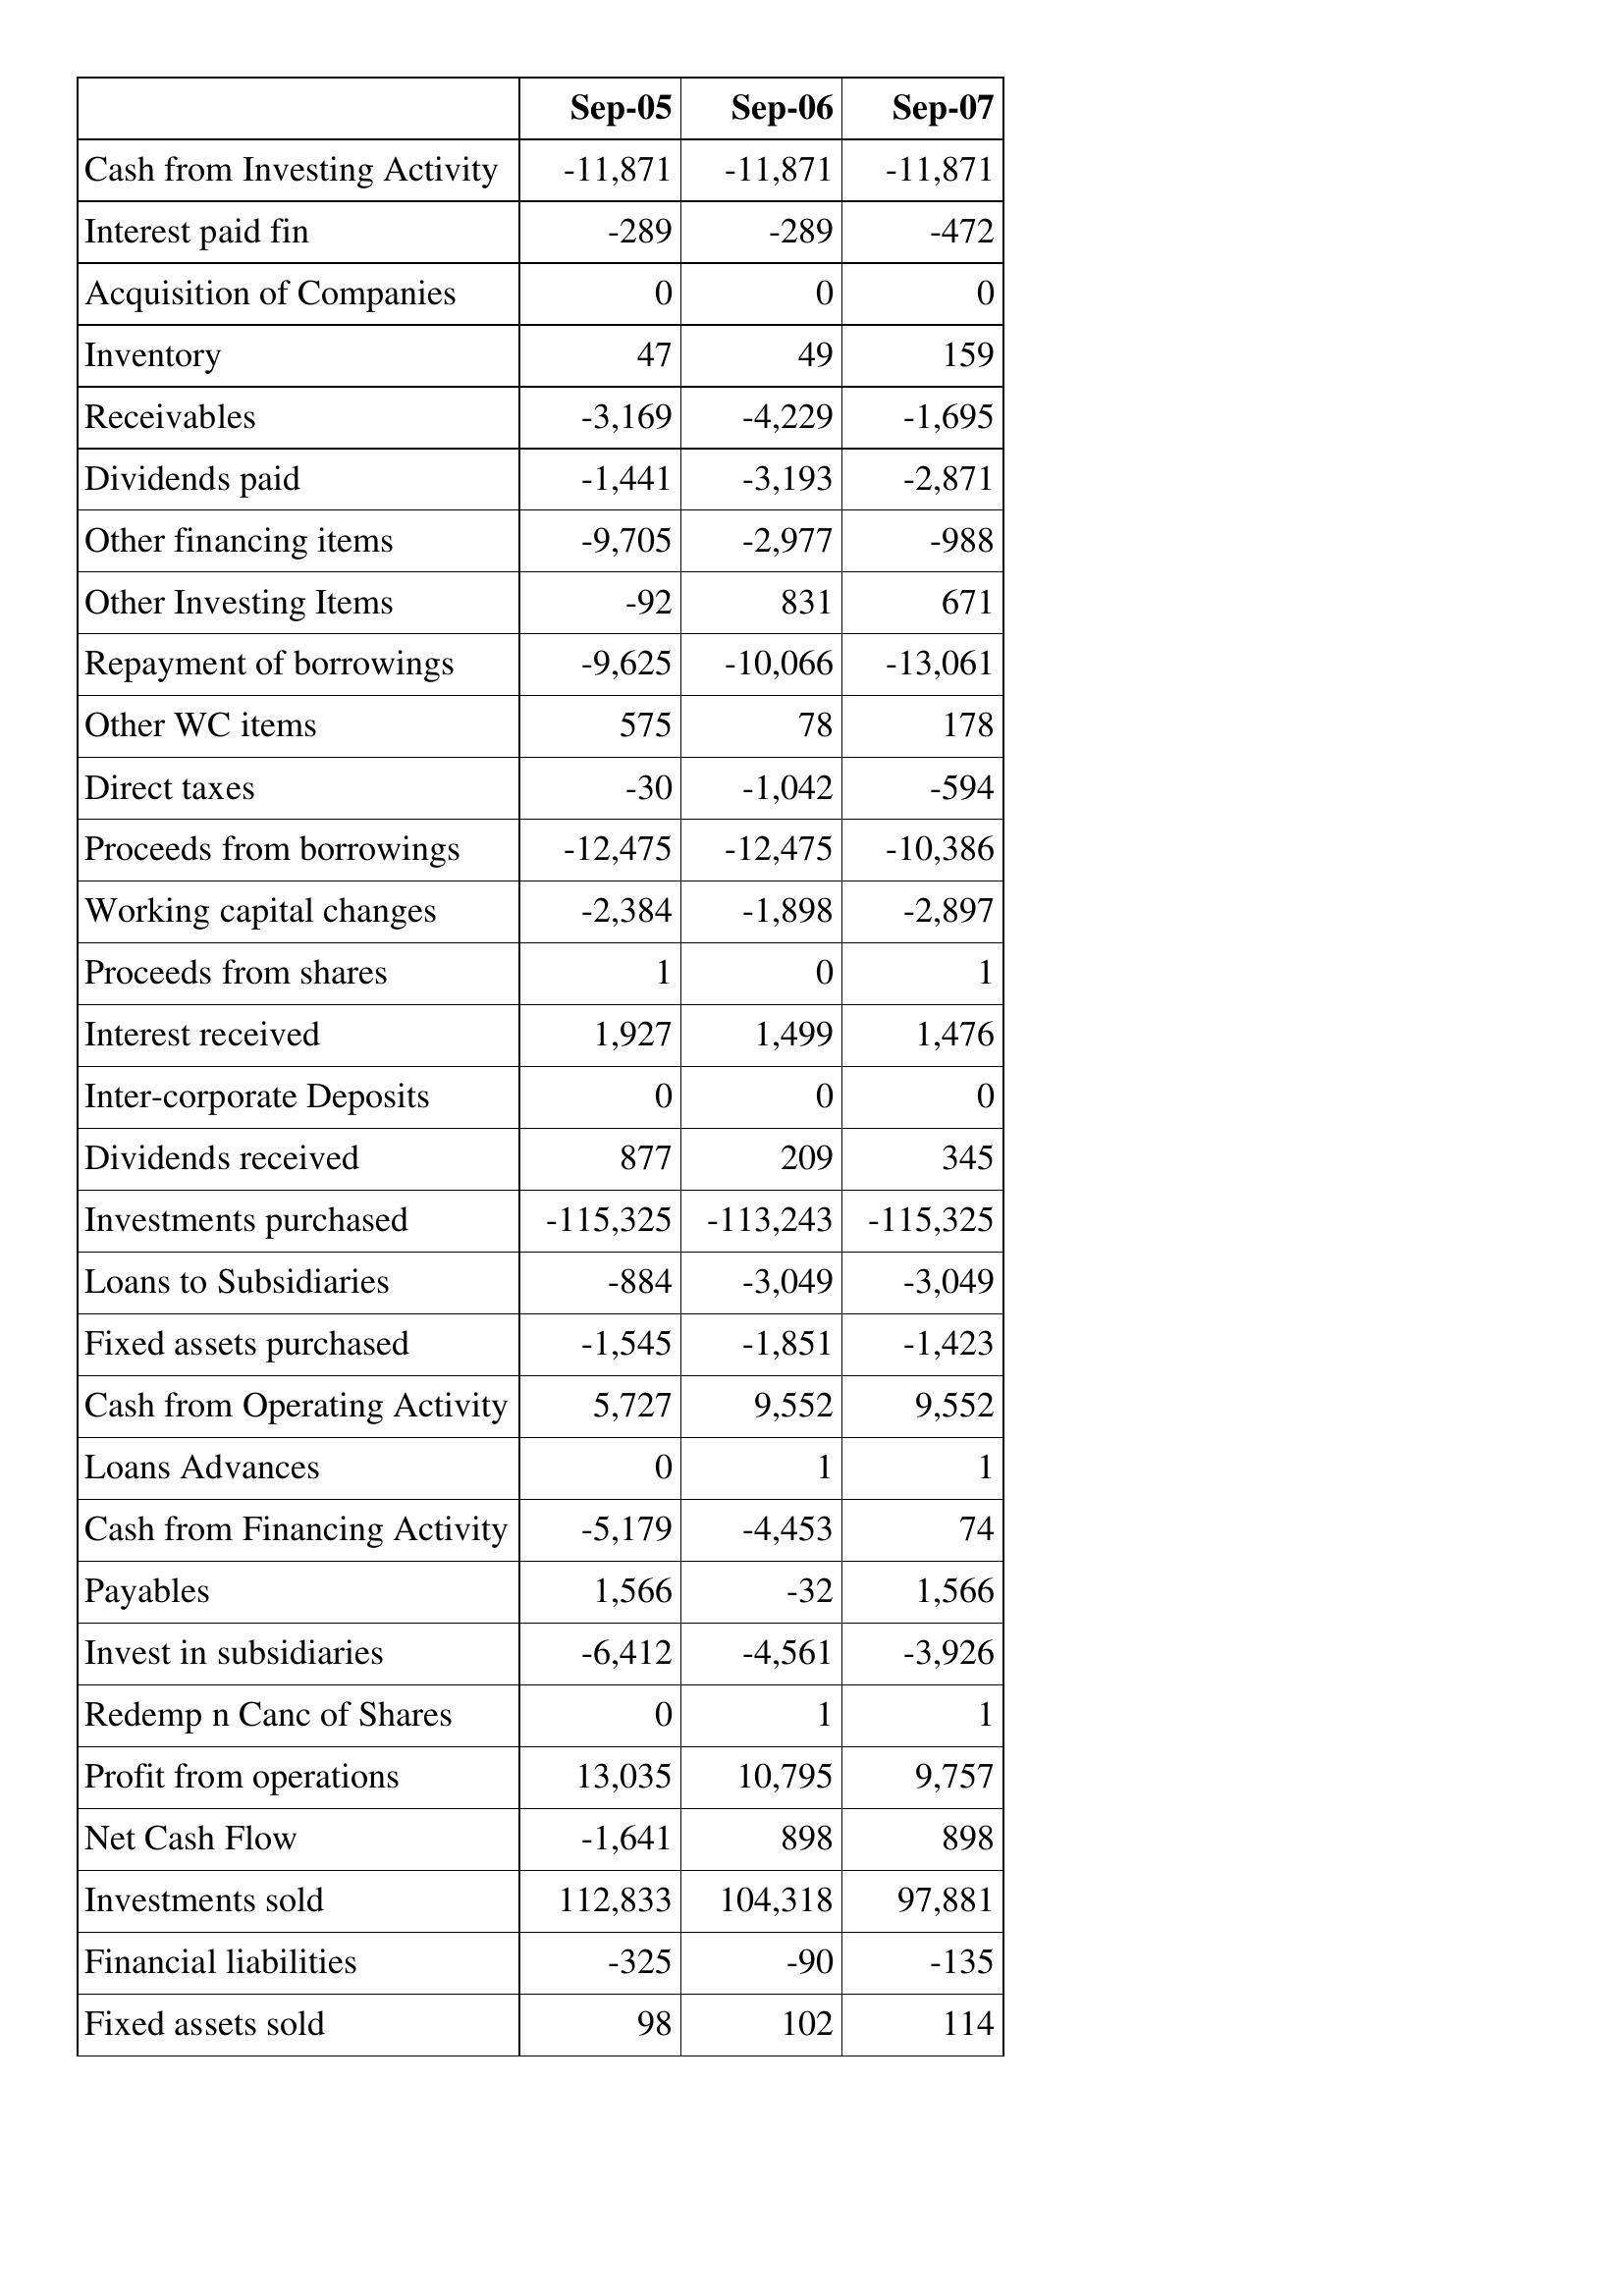
Sep-05: Cash Flows: Cash from Investing Activity: -11,871
Interest paid fin: -289
Acquisition of Companies: 0
Inventory: 47
Receivables: -3,169
Dividends paid: -1,441
Other financing items: -9,705
Other Investing Items: -92
Repayment of borrowings: -9,625
Other WC items: 575
Direct taxes: -30
Proceeds from borrowings: -12,475
Working capital changes: -2,384
Proceeds from shares: 1
Interest received: 1,927
Inter-corporate Deposits: 0
Dividends received: 877
Investments purchased: -115,325
Loans to Subsidiaries: -884
Fixed assets purchased: -1,545
Cash from Operating Activity: 5,727
Loans Advances: 0
Cash from Financing Activity: -5,179
Payables: 1,566
Invest in subsidiaries: -6,412
Redemp n Canc of Shares: 0
Profit from operations: 13,035
Net Cash Flow: -1,641
Investments sold: 112,833
Financial liabilities: -325
Fixed assets sold: 98
Sep-06: Cash Flows: Cash from Investing Activity: -11,871
Interest paid fin: -289
Acquisition of Companies: 0
Inventory: 49
Receivables: -4,229
Dividends paid: -3,193
Other financing items: -2,977
Other Investing Items: 831
Repayment of borrowings: -10,066
Other WC items: 78
Direct taxes: -1,042
Proceeds from borrowings: -12,475
Working capital changes: -1,898
Proceeds from shares: 0
Interest received: 1,499
Inter-corporate Deposits: 0
Dividends received: 209
Investments purchased: -113,243
Loans to Subsidiaries: -3,049
Fixed assets purchased: -1,851
Cash from Operating Activity: 9,552
Loans Advances: 1
Cash from Financing Activity: -4,453
Payables: -32
Invest in subsidiaries: -4,561
Redemp n Canc of Shares: 1
Profit from operations: 10,795
Net Cash Flow: 898
Investments sold: 104,318
Financial liabilities: -90
Fixed assets sold: 102
Sep-07: Cash Flows: Cash from Investing Activity: -11,871
Interest paid fin: -472
Acquisition of Companies: 0
Inventory: 159
Receivables: -1,695
Dividends paid: -2,871
Other financing items: -988
Other Investing Items: 671
Repayment of borrowings: -13,061
Other WC items: 178
Direct taxes: -594
Proceeds from borrowings: -10,386
Working capital changes: -2,897
Proceeds from shares: 1
Interest received: 1,476
Inter-corporate Deposits: 0
Dividends received: 345
Investments purchased: -115,325
Loans to Subsidiaries: -3,049
Fixed assets purchased: -1,423
Cash from Operating Activity: 9,552
Loans Advances: 1
Cash from Financing Activity: 74
Payables: 1,566
Invest in subsidiaries: -3,926
Redemp n Canc of Shares: 1
Profit from operations: 9,757
Net Cash Flow: 898
Investments sold: 97,881
Financial liabilities: -135
Fixed assets sold: 114